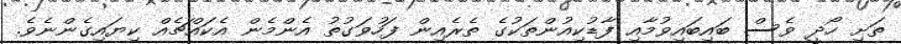
ތަށި ހޯދީ ވެސް ބައިބައިވުމާއި ފާޑުކިއުންތަކުގެ ތެރެއިން ފަހުވަގުތު އެންމެން އެކައްޗެއް ކިޔައިގެންނެވެ.